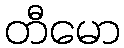
တီမော